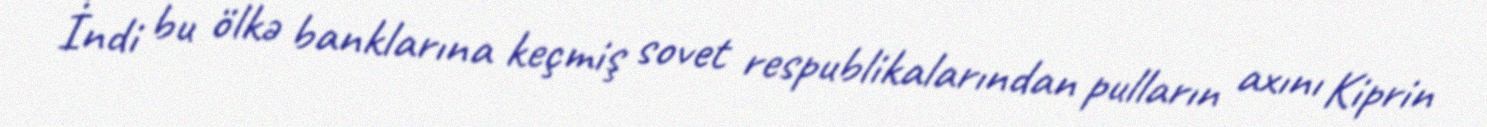
İndi bu ölkə banklarına keçmiş sovet respublikalarından pulların axını Kiprin